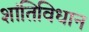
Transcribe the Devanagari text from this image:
शांतिविधान